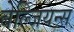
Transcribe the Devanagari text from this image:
बेल्जियन्स